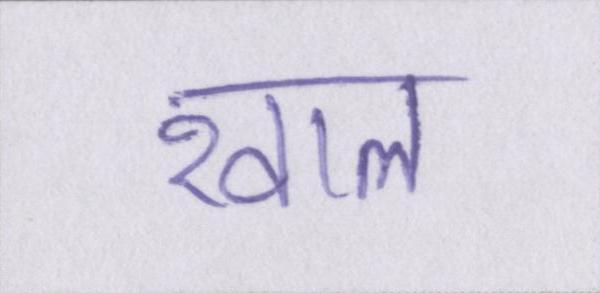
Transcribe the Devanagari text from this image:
खाल